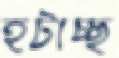
হটাচ্ছ